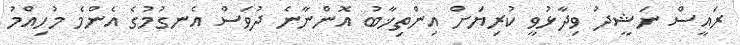
ރައީސް ނަޝީދު ވިދާޅުވީ ކުރިޔަށް އިންތިޚާބު އޮންނާނެ ދުވަސް އެނގުމުގެ އެންމެ މުހިއްމު